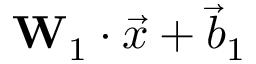
\mathbf { W } _ { 1 } \cdot \Vec { x } + \Vec { b } _ { 1 }